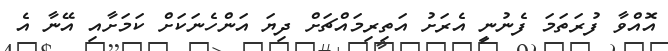
އޮއްވާ ފުރަތަމަ ފެނުނީ އެރަށު އަތިރިމައްޗަށް ދިޔަ އަންހެނަކަށް ކަމަށާއި އޭނާ އެ